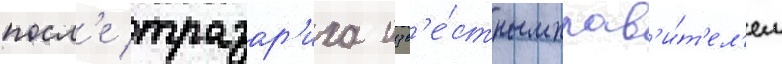
посл'е тразар'иха изв'е́стным прав'и́т'ел'ем